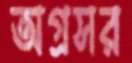
অগ্রসর